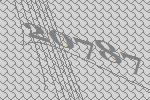
20787